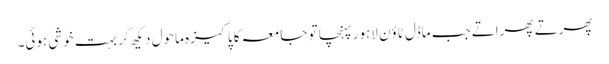
پھرتے پھراتے جب ماڈل ٹاؤن لاہور پہنچا تو جامعہ کا پاکیزہ ماحول دیکھ کر بہت خوشی ہوئی۔